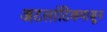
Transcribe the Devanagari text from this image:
अटलांटिकपासून